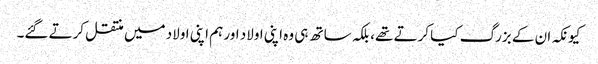
کیونکہ ان کے بزرگ کیا کرتے تھے، بلکہ ساتھ ہی وہ اپنی اولاد اور ہم اپنی اولاد میں منتقل کرتے گئے۔